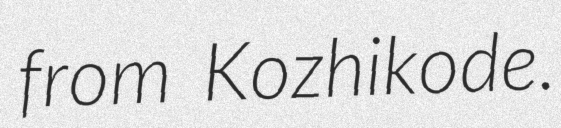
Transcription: from Kozhikode.